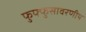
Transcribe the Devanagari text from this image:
फुफ्फुसावरणीय